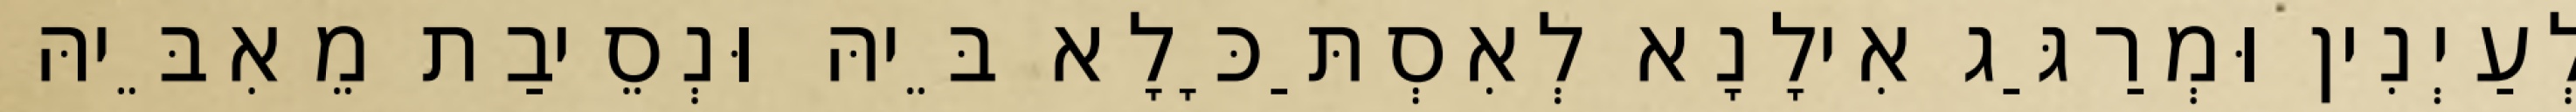
לְעַיְנִין וּמְרַגַּג אִילָנָא לְאִסְתַּכָּלָא בֵּיהּ וּנְסֵיבַת מֵאִבֵּיהּ